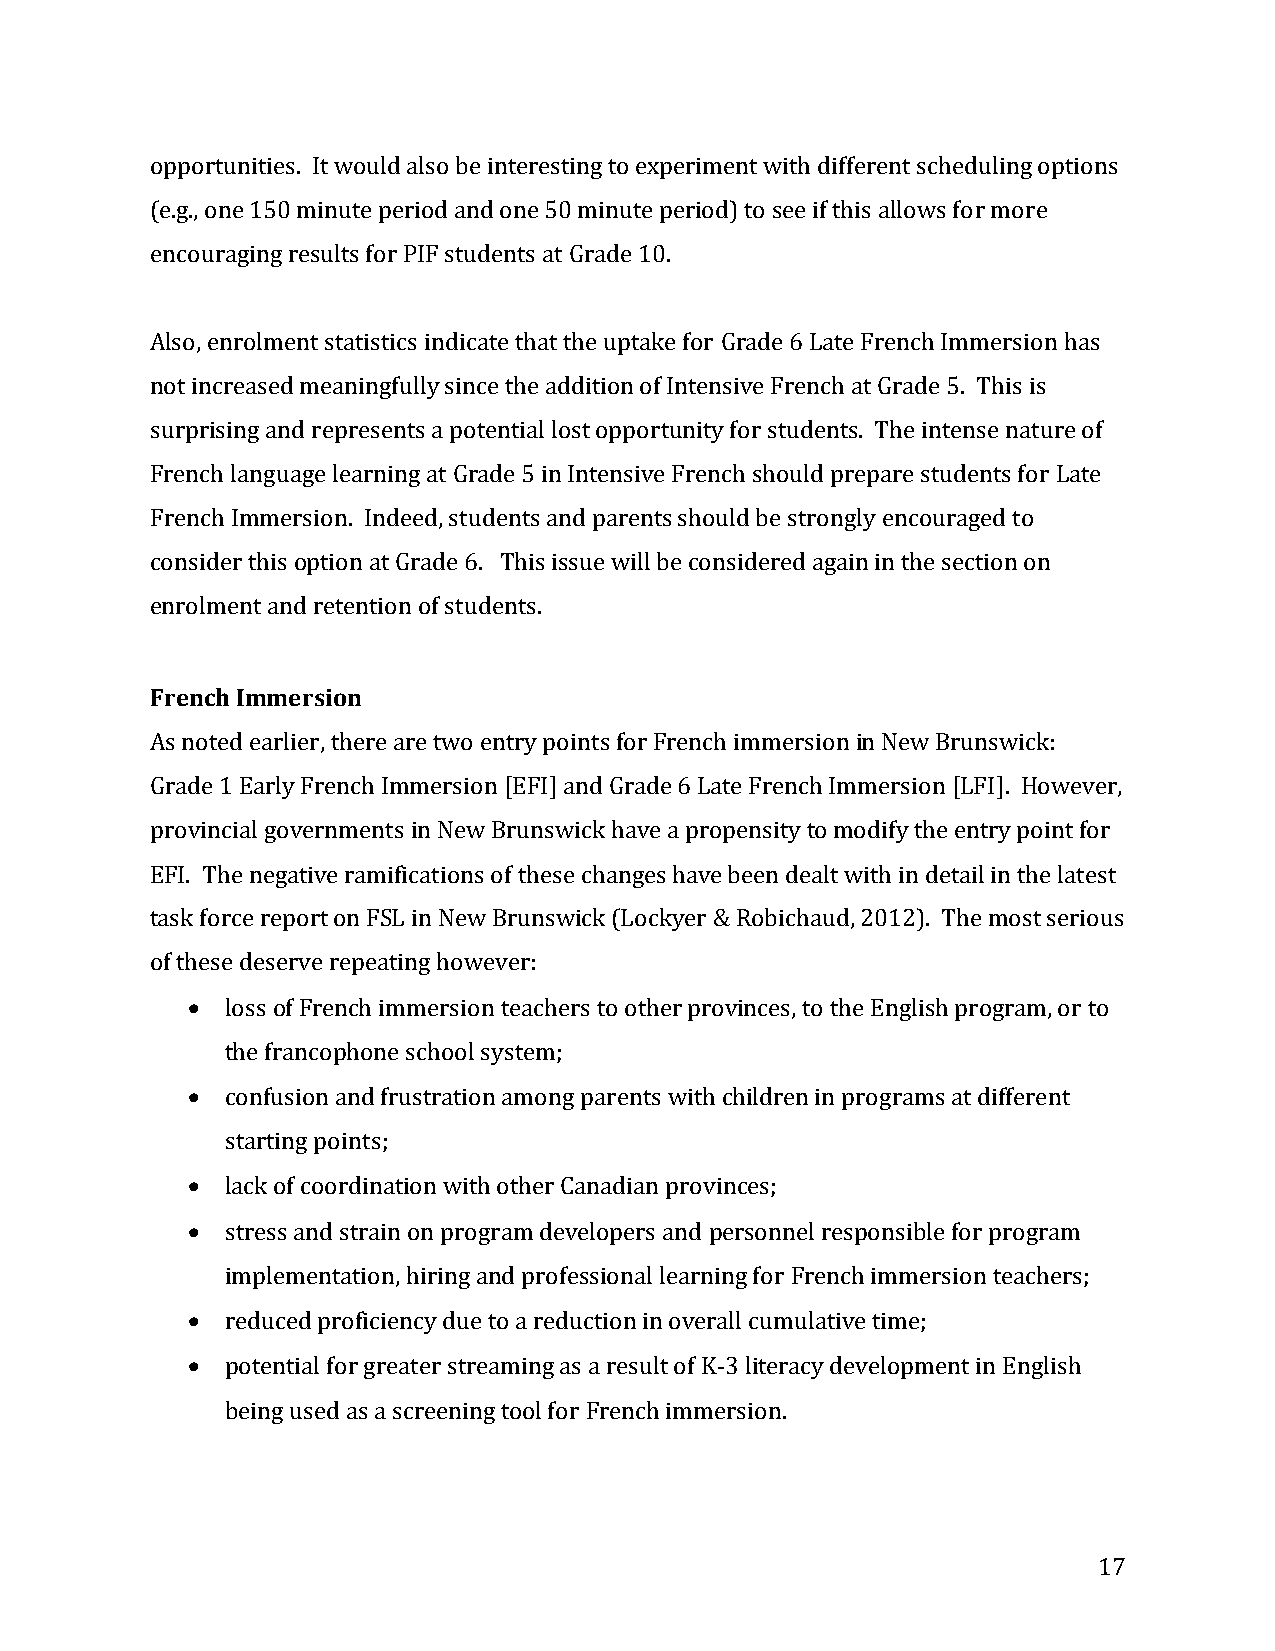
opportunities. It would also be interesting to experiment with different scheduling options
 (e.g., one 150 minute period and one 50 minute period) to see if this allows for more
 encouraging results for PIF students at Grade 10.
 Also, enrolment statistics indicate that the uptake for Grade 6 Late French Immersion has
 not increased meaningfully since the addition of Intensive French at Grade 5. This is
 surprising and represents a potential lost opportunity for students. The intense nature of
 French language learning at Grade 5 in Intensive French should prepare students for Late
 French Immersion. Indeed, students and parents should be strongly encouraged to
 consider this option at Grade 6. This issue will be considered again in the section on
 enrolment and retention of students.
 French Immersion
 As noted earlier, there are two entry points for French immersion in New Brunswick:
 Grade 1 Early French Immersion [EFI] and Grade 6 Late French Immersion [LFI]. However,
 provincial governments in New Brunswick have a propensity to modify the entry point for
 EFI. The negative ramifications of these changes have been dealt with in detail in the latest
 task force report on FSL in New Brunswick (Lockyer & Robichaud, 2012). The most serious
 of these deserve repeating however:
 •  loss of French immersion teachers to other provinces, to the English program, or to
 the francophone school system;
 •  confusion and frustration among parents with children in programs at different
 starting points;
 •  lack of coordination with other Canadian provinces;
 •  stress and strain on program developers and personnel responsible for program
 implementation, hiring and professional learning for French immersion teachers;
 •  reduced proficiency due to a reduction in overall cumulative time;
 •  potential for greater streaming as a result of K-3 literacy development in English
 being used as a screening tool for French immersion.
 17